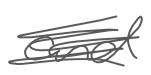
Text: and
Cross-out: scratch
Writing tool: digital_gray